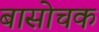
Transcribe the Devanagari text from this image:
बासोचक